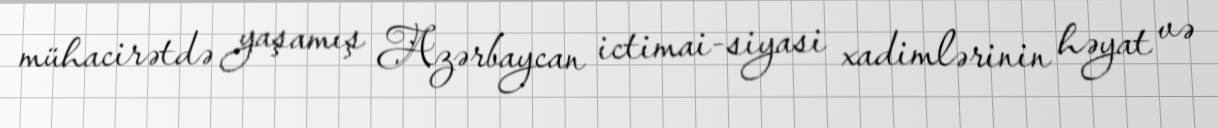
mühacirətdə yaşamış Azərbaycan ictimai-siyasi xadimlərinin həyat və